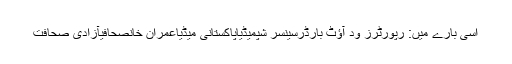
اسی بارے میں: رپورٹرز وِد آؤٹ بارڈرسینسر شپمیڈیاپاکستانی میڈیاعمران خانصحافیآزادی صحافت